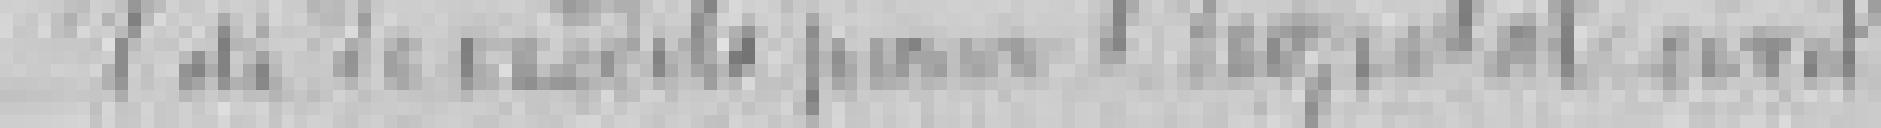
Vote de crédits pour l'hôpital civil